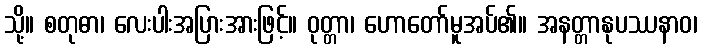
သို့။ စတုဓာ၊ လေးပါးအပြားအားဖြင့်။ ဝုတ္တာ၊ ဟောတော်မူအပ်၏။ အနတ္တာနုပဿနာဝ၊